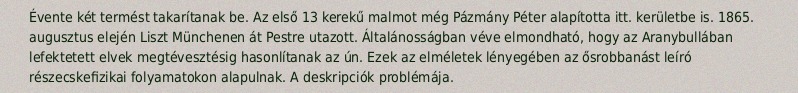
Évente két termést takarítanak be. Az első 13 kerekű malmot még Pázmány Péter alapította itt. kerületbe is. 1865. augusztus elején Liszt Münchenen át Pestre utazott. Általánosságban véve elmondható, hogy az Aranybullában lefektetett elvek megtévesztésig hasonlítanak az ún. Ezek az elméletek lényegében az ősrobbanást leíró részecskefizikai folyamatokon alapulnak. A deskripciók problémája.